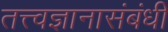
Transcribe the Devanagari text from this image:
तत्त्वज्ञानासंबंधी